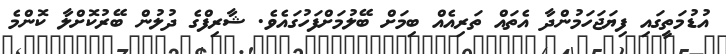
އުޑުމަތީގައި ފިޔަޖަހަމުންދާ އެތައް ތަރިއެއް ބިމަށް ބޭލުމަށްފަހުގައެވެ. ޝާރިފްގެ ދުލުން ބޭރުކޮށްލާ ކޮންމެ